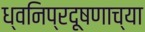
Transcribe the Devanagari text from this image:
ध्वनिप्रदूषणाच्या